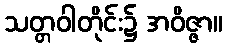
သတ္တဝါတိုင်း၌ အဝိဇ္ဇာ။